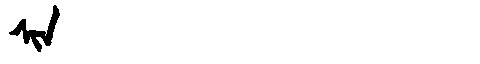
Manchu: ᠰᡳᠨ
Romanization: SIN